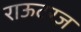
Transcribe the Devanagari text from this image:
राऊटरज़